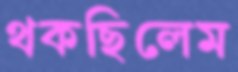
থকছিলেম